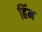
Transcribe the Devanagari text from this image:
हिंम